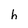
Character: h